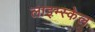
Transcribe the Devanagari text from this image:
लाइम्स्केल